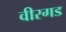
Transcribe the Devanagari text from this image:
वीरगड